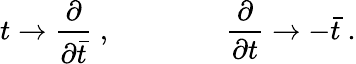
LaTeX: t\rightarrow{\frac{\partial}{\partial\bar{t}}}\ ,\qquad\qquad{\frac{\partial}{\partial t}}\rightarrow-\bar{t}\ .